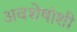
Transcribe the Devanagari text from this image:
अवशेषांशी